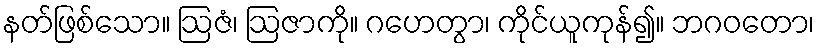
နတ်ဖြစ်သော။ ဩဇံ၊ ဩဇာကို။ ဂဟေတွာ၊ ကိုင်ယူကုန်၍။ ဘဂဝတော၊